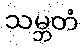
သမ္ဘတံ